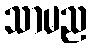
သာမည